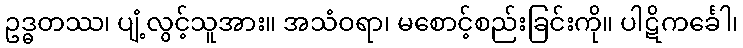
ဥဒ္ဓတဿ၊ ပျံ့လွင့်သူအား။ အသံဝရာ၊ မစောင့်စည်းခြင်းကို။ ပါဋိကင်္ခေါ၊